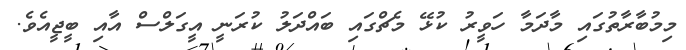
މިމުބާރާތުގައި މާދަމާ ހަވީރު ކުޅޭ މެޗްގައި ބައްދަލު ކުރަނީ އީގަލްސް އާއި ބީޖީއެވެ.